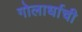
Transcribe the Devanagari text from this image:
गोलार्धाची